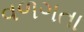
વળગતા